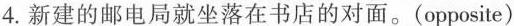
4.新建的邮电局就坐落在书店的对面。(opposite)